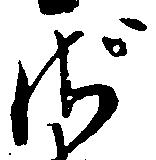
ざ